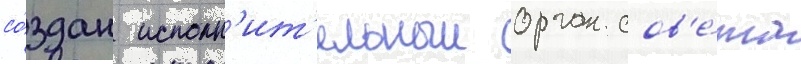
со́здан исполн'ит'ельныи орган сов'е́та